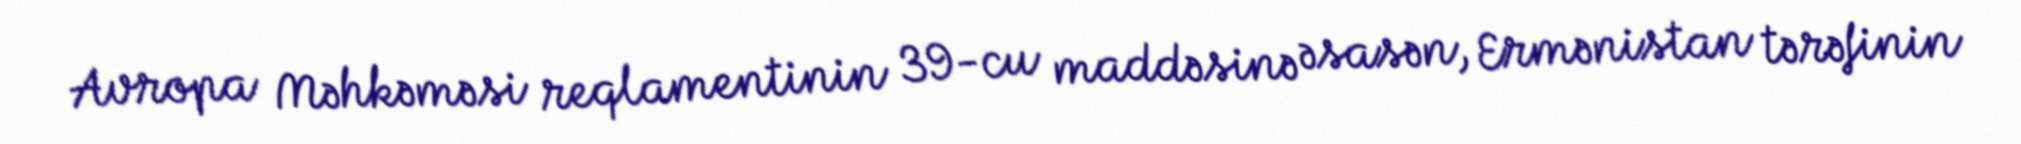
Avropa Məhkəməsi reqlamentinin 39-cu maddəsinə əsasən, Ermənistan tərəfinin